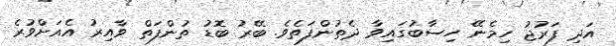
އަދި ފަރުޖު ހިމެނޭ ހިސާބުގައިވާ ދެތުންފަތެވެ. ބޭރު ބޮޑު ތުންފަތް ވާއިރު އެއަށްވުރެ